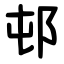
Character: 邨